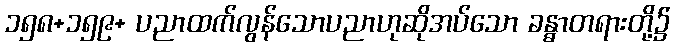
၁၅၈+၁၅၉+ ပညာထက်လွန်သောပညာဟုဆိုအပ်သော ခန္ဓာတရားတို့၌